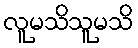
လူမသိသူမသိ